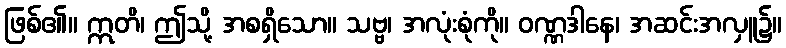
ဖြစ်၏။ ဣတိ၊ ဤသို့ အစရှိသော။ သဗ္ဗ၊ အလုံးစုံကို။ ဝဏ္ဏဒါနေ၊ အဆင်းအလှူ၌။